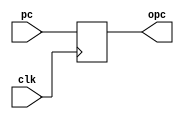
module PC(
    input clk,
    input [31:0] pc,
    output reg [31:0] opc 
);


reg [31:0] value = 8'd0;

initial
begin
  opc = 0;
end

always @(pc) begin
    value=pc;
end

always @(posedge clk) begin
    opc = value;
end
endmodule